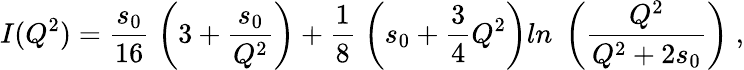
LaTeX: I(Q^{2})=\frac{s_{0}}{16}\; \left(3+\frac{s_{0}}{Q^{2}}\right)+\frac{1}{8}\; \left(s_{0}+\frac{3}{4}Q^{2}\right)ln\; \left(\frac{Q^{2}}{Q^{2}+2s_{0}}\right)\; ,